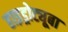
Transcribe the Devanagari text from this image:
हाइड्रोट्यूबा